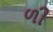
ળી